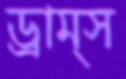
ড্রাম্স